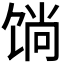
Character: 𲋧